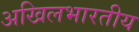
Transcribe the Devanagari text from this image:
अखिलभारतीय